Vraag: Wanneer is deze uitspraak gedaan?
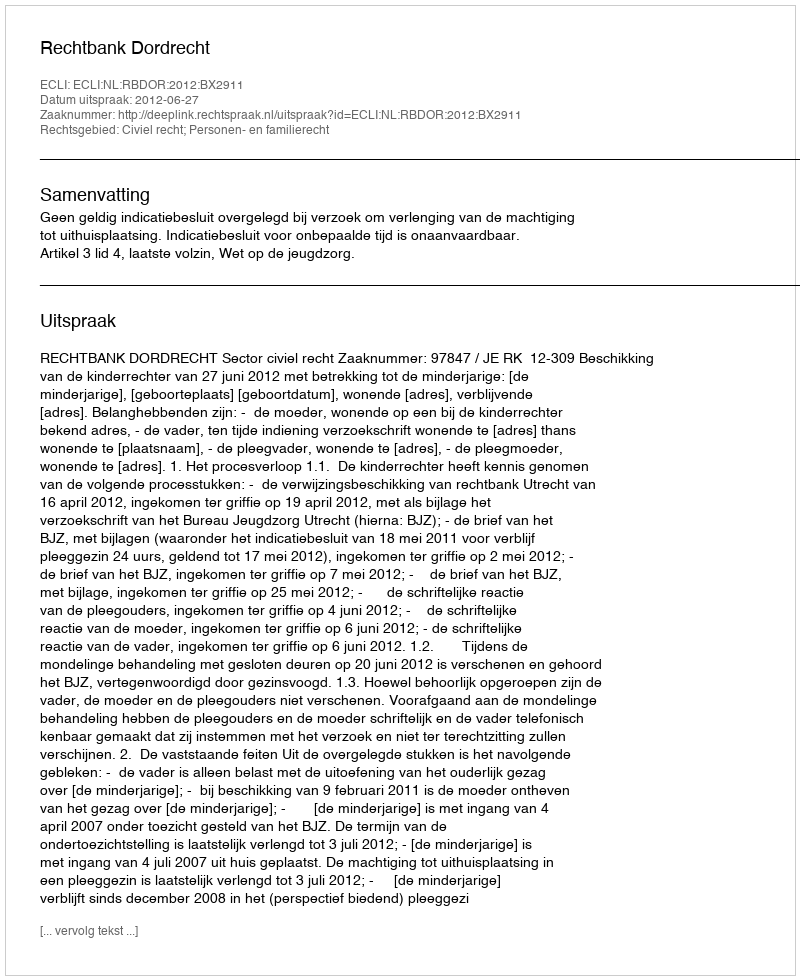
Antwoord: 2012-06-27